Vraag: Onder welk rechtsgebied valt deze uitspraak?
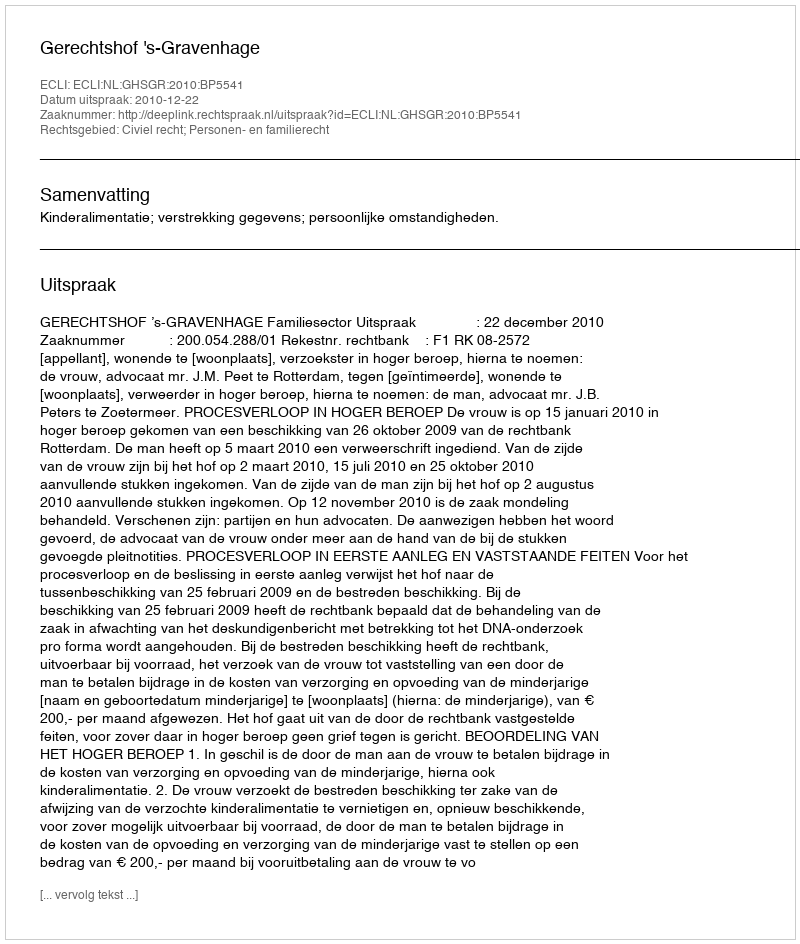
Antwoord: Civiel recht; Personen- en familierecht